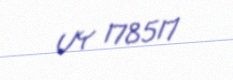
UY 178517